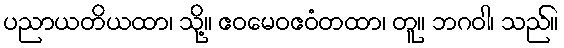
ပညာယတိယထာ၊ သို့။ ဧဝမေဝဧဝံတထာ၊ တူ။ ဘဂဝါ၊ သည်။